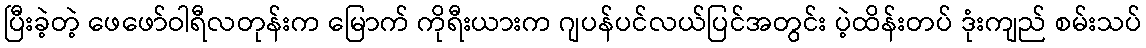
ပြီးခဲ့တဲ့ ဖေဖော်ဝါရီလတုန်းက မြောက် ကိုရီးယားက ဂျပန်ပင်လယ်ပြင်အတွင်း ပဲ့ထိန်းတပ် ဒုံးကျည် စမ်းသပ်